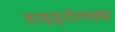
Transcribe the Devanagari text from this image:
हाइड्रोलक्स